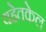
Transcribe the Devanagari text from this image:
यहेतकेल